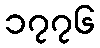
၁၇၇၆